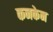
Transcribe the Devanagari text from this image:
कनकेन